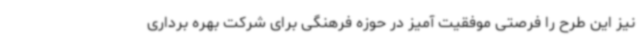
نیز این طرح را فرصتی موفقیت آمیز در حوزه فرهنگی برای شرکت بهره برداری